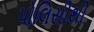
પોલિસીથી